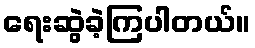
ရေးဆွဲခဲ့ကြပါတယ်။